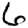
Digit: 6